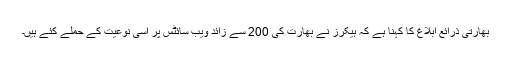
بھارتی ذرائع ابلاغ کا کہنا ہے کہ ہیکرز نے بھارت کی 200 سے زائد ویب سائٹس پر اسی نوعیت کے حملے کئے ہیں۔